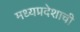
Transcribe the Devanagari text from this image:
मध्‍यप्रदेशाची